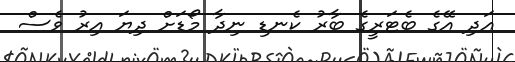
އަދި އޭގެ ބެޓަރީގެ ބާރު ކެނޑި ނިދާ މޯޑަށް ދިޔަ އިރު ވެސް